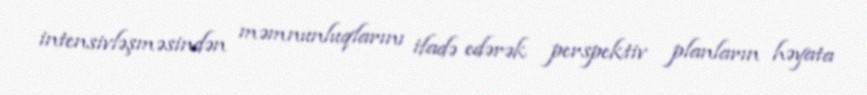
intensivləşməsindən məmnunluqlarını ifadə edərək perspektiv planların həyata